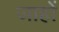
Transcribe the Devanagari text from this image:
जाहों